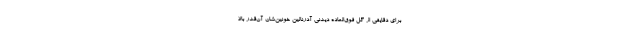
برای دقایقی از گل فوق‌العاده دیدنی آدرنالین خونین‌شان آن‌قدر بالا